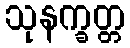
သုနက္ခတ္တ